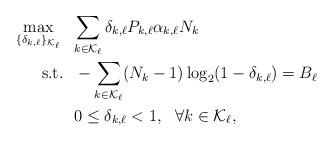
LaTeX: \begin{align*}\max_{\{\delta_{k,\ell}\}_{{\mathcal{K}_{\ell}}}} ~~&{\sum_{k\in \mathcal{K}_{\ell}} \delta_{k,\ell} P_{k,\ell} \alpha_{k,\ell}N_k} \\ \mathrm{s.t.}~~&-\sum_{k\in \mathcal{K}_{\ell}}(N_k-1)\log_2(1-\delta_{k,\ell}) = B_{\ell} \\& 0\leq \delta_{k,\ell} < 1,~~\forall k \in \mathcal{K}_{\ell}, \end{align*}